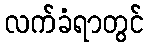
လက်ခံရာတွင်